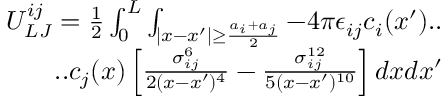
\begin{array} { r } { U _ { L J } ^ { i j } = \frac { 1 } { 2 } \int _ { 0 } ^ { L } \int _ { | x - x ^ { \prime } | \geq \frac { a _ { i } + a _ { j } } { 2 } } - 4 \pi \epsilon _ { i j } c _ { i } ( x ^ { \prime } ) . . } \\ { . . c _ { j } ( x ) \left[ \frac { \sigma _ { i j } ^ { 6 } } { 2 ( x - x ^ { \prime } ) ^ { 4 } } - \frac { \sigma _ { i j } ^ { 1 2 } } { 5 ( x - x ^ { \prime } ) ^ { 1 0 } } \right] d x d x ^ { \prime } } \end{array}